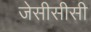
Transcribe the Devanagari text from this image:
जेसीसीसी